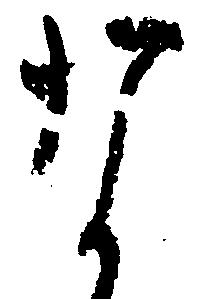
な